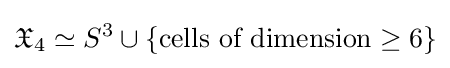
{\mathfrak {X}}_{4}\simeq S^{3}\cup \{{\text{cells of dimension}}\geq 6\}